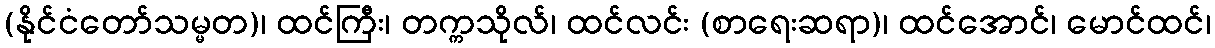
(နိုင်ငံတော်သမ္မတ)၊ ထင်ကြီး၊ တက္ကသိုလ်၊ ထင်လင်း (စာရေးဆရာ)၊ ထင်အောင်၊ မောင်ထင်၊